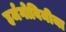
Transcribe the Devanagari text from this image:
हर्जगोविनीया